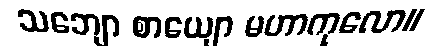
သဘျော စာယျော မဟာကုလော။